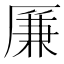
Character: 𠪊